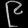
Digit: ၉